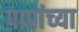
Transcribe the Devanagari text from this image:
पापांच्‍या